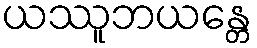
ယဿူဘယန္တေ